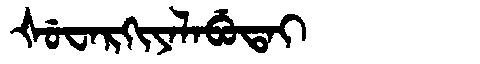
Manchu: ᡧᡠᠸᠠᡵᡴᡳᠶᠠᠯᠠᠪᡠᡨᠠᡳ
Romanization: ŠUWARKIYALABUTAI